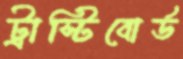
ট্রাস্টিবোর্ড